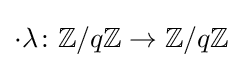
\cdot \lambda \colon \mathbb {Z} /q\mathbb {Z} \to \mathbb {Z} /q\mathbb {Z}